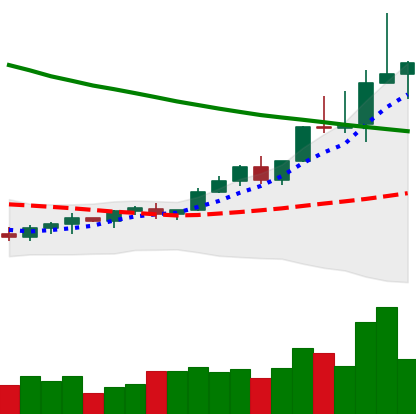
Ticker: TRX-USD
Chart end date: 2022-04-01
Forward return: -15.499%
Label: down_7plus